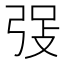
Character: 𪪾